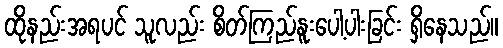
ထိုနည်းအရပင် သူလည်း စိတ်ကြည်နူးပေါ့ပါးခြင်း ရှိနေသည်။